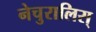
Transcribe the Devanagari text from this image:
नेचुरालिस्